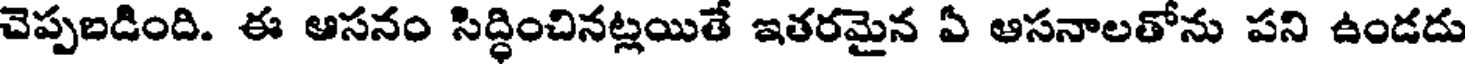
చెప్పబడింది. ఈ ఆసనం సిద్ధించినట్లయితే ఇతరమైన ఏ ఆసనాలతోను పని ఉండదు